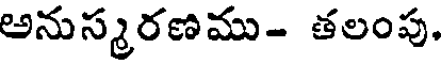
అనుస్మరణము- తలంపు,